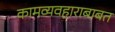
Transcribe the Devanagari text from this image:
कामव्यवहाराबाबत